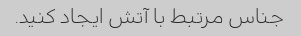
جناس مرتبط با آتش ایجاد کنید.